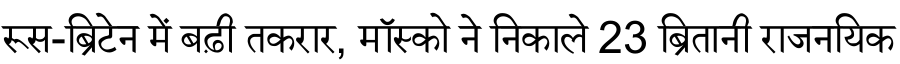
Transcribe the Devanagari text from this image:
रूस-ब्रिटेन में बढ़ी तकरार, मॉस्को ने निकाले 23 ब्रितानी राजनयिक